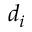
d _ { i }